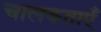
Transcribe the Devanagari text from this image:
चालकताएँ